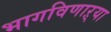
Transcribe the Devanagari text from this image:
भागविणाऱ्या